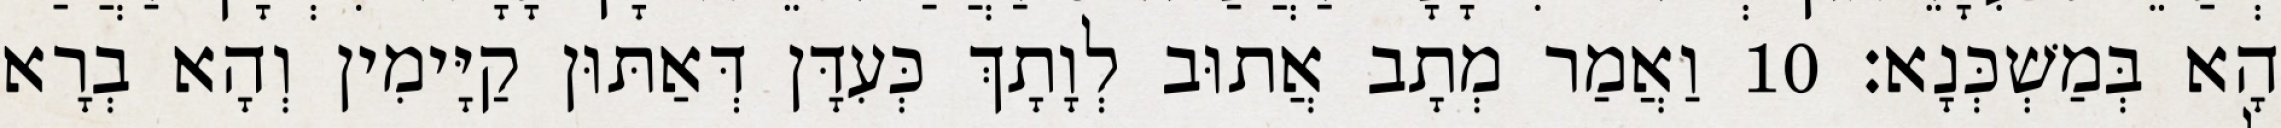
הָא בְּמַשְׁכְּנָא׃ 10 וַאֲמַר מְתָב אֲתוּב לְוָתָךְ כְּעִדָּן דְּאַתּוּן קַיָּימִין וְהָא בְרָא